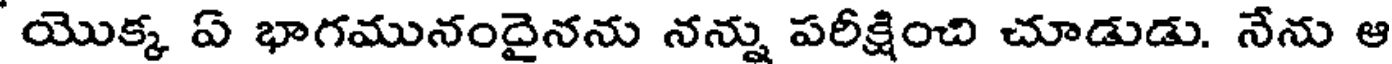
యొక్క ఏ భాగమునందైనను నన్ను పరీక్షించి చూడుడు. నేను ఆ